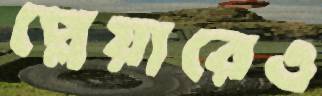
প্লেয়ারেও